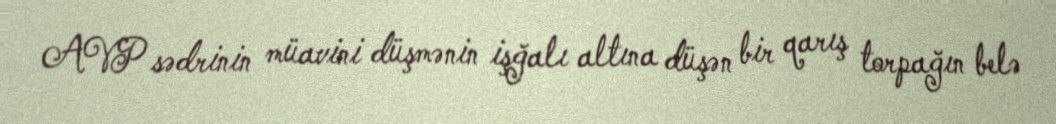
AVP sədrinin müavini düşmənin işğalı altına düşən bir qarış torpağın belə